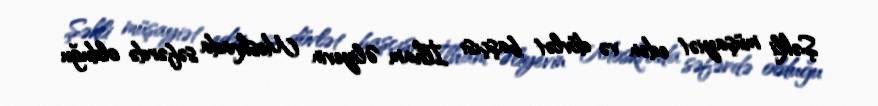
Şəkli müşayiət edən və dövlət başçısı İlham Əliyevin Moskvada səfərdə olduğu